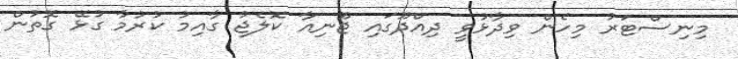
މިނިސްޓަރު މިހެން ވިދާޅުވީ ދިއްދޫގައި ޖޫނިއާ ކޮލެޖު ގާއިމު ކުރުމާ ގުޅޭ ގޮތުން